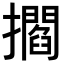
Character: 𢸴